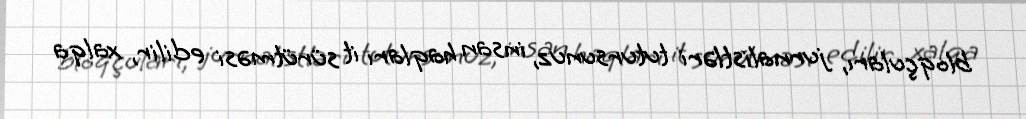
bloqçuları, jurnalistləri tutursunuz, insan haqları it sürütməsi edilir, xalqa